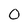
Character: 0